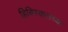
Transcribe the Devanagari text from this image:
हिबिस्कसच्या